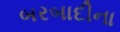
બરબાદીના